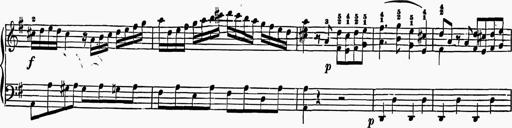
Title: 6 Sonatas
Composer: Muzio Clementi